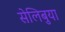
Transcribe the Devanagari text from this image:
सेलिबुया